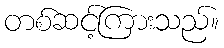
တစ်ဆင့်ကြားသည်။